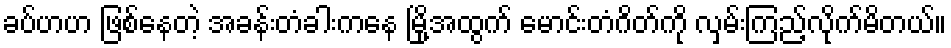
ခပ်ဟဟ ဖြစ်နေတဲ့ အခန်းတံခါးကနေ မြို့အထွက် မောင်းတံဂိတ်ကို လှမ်းကြည့်လိုက်မိတယ်။